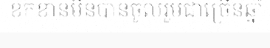
ខកខានមិនបានចូលរួមជាច្រើនឆ្នាំ